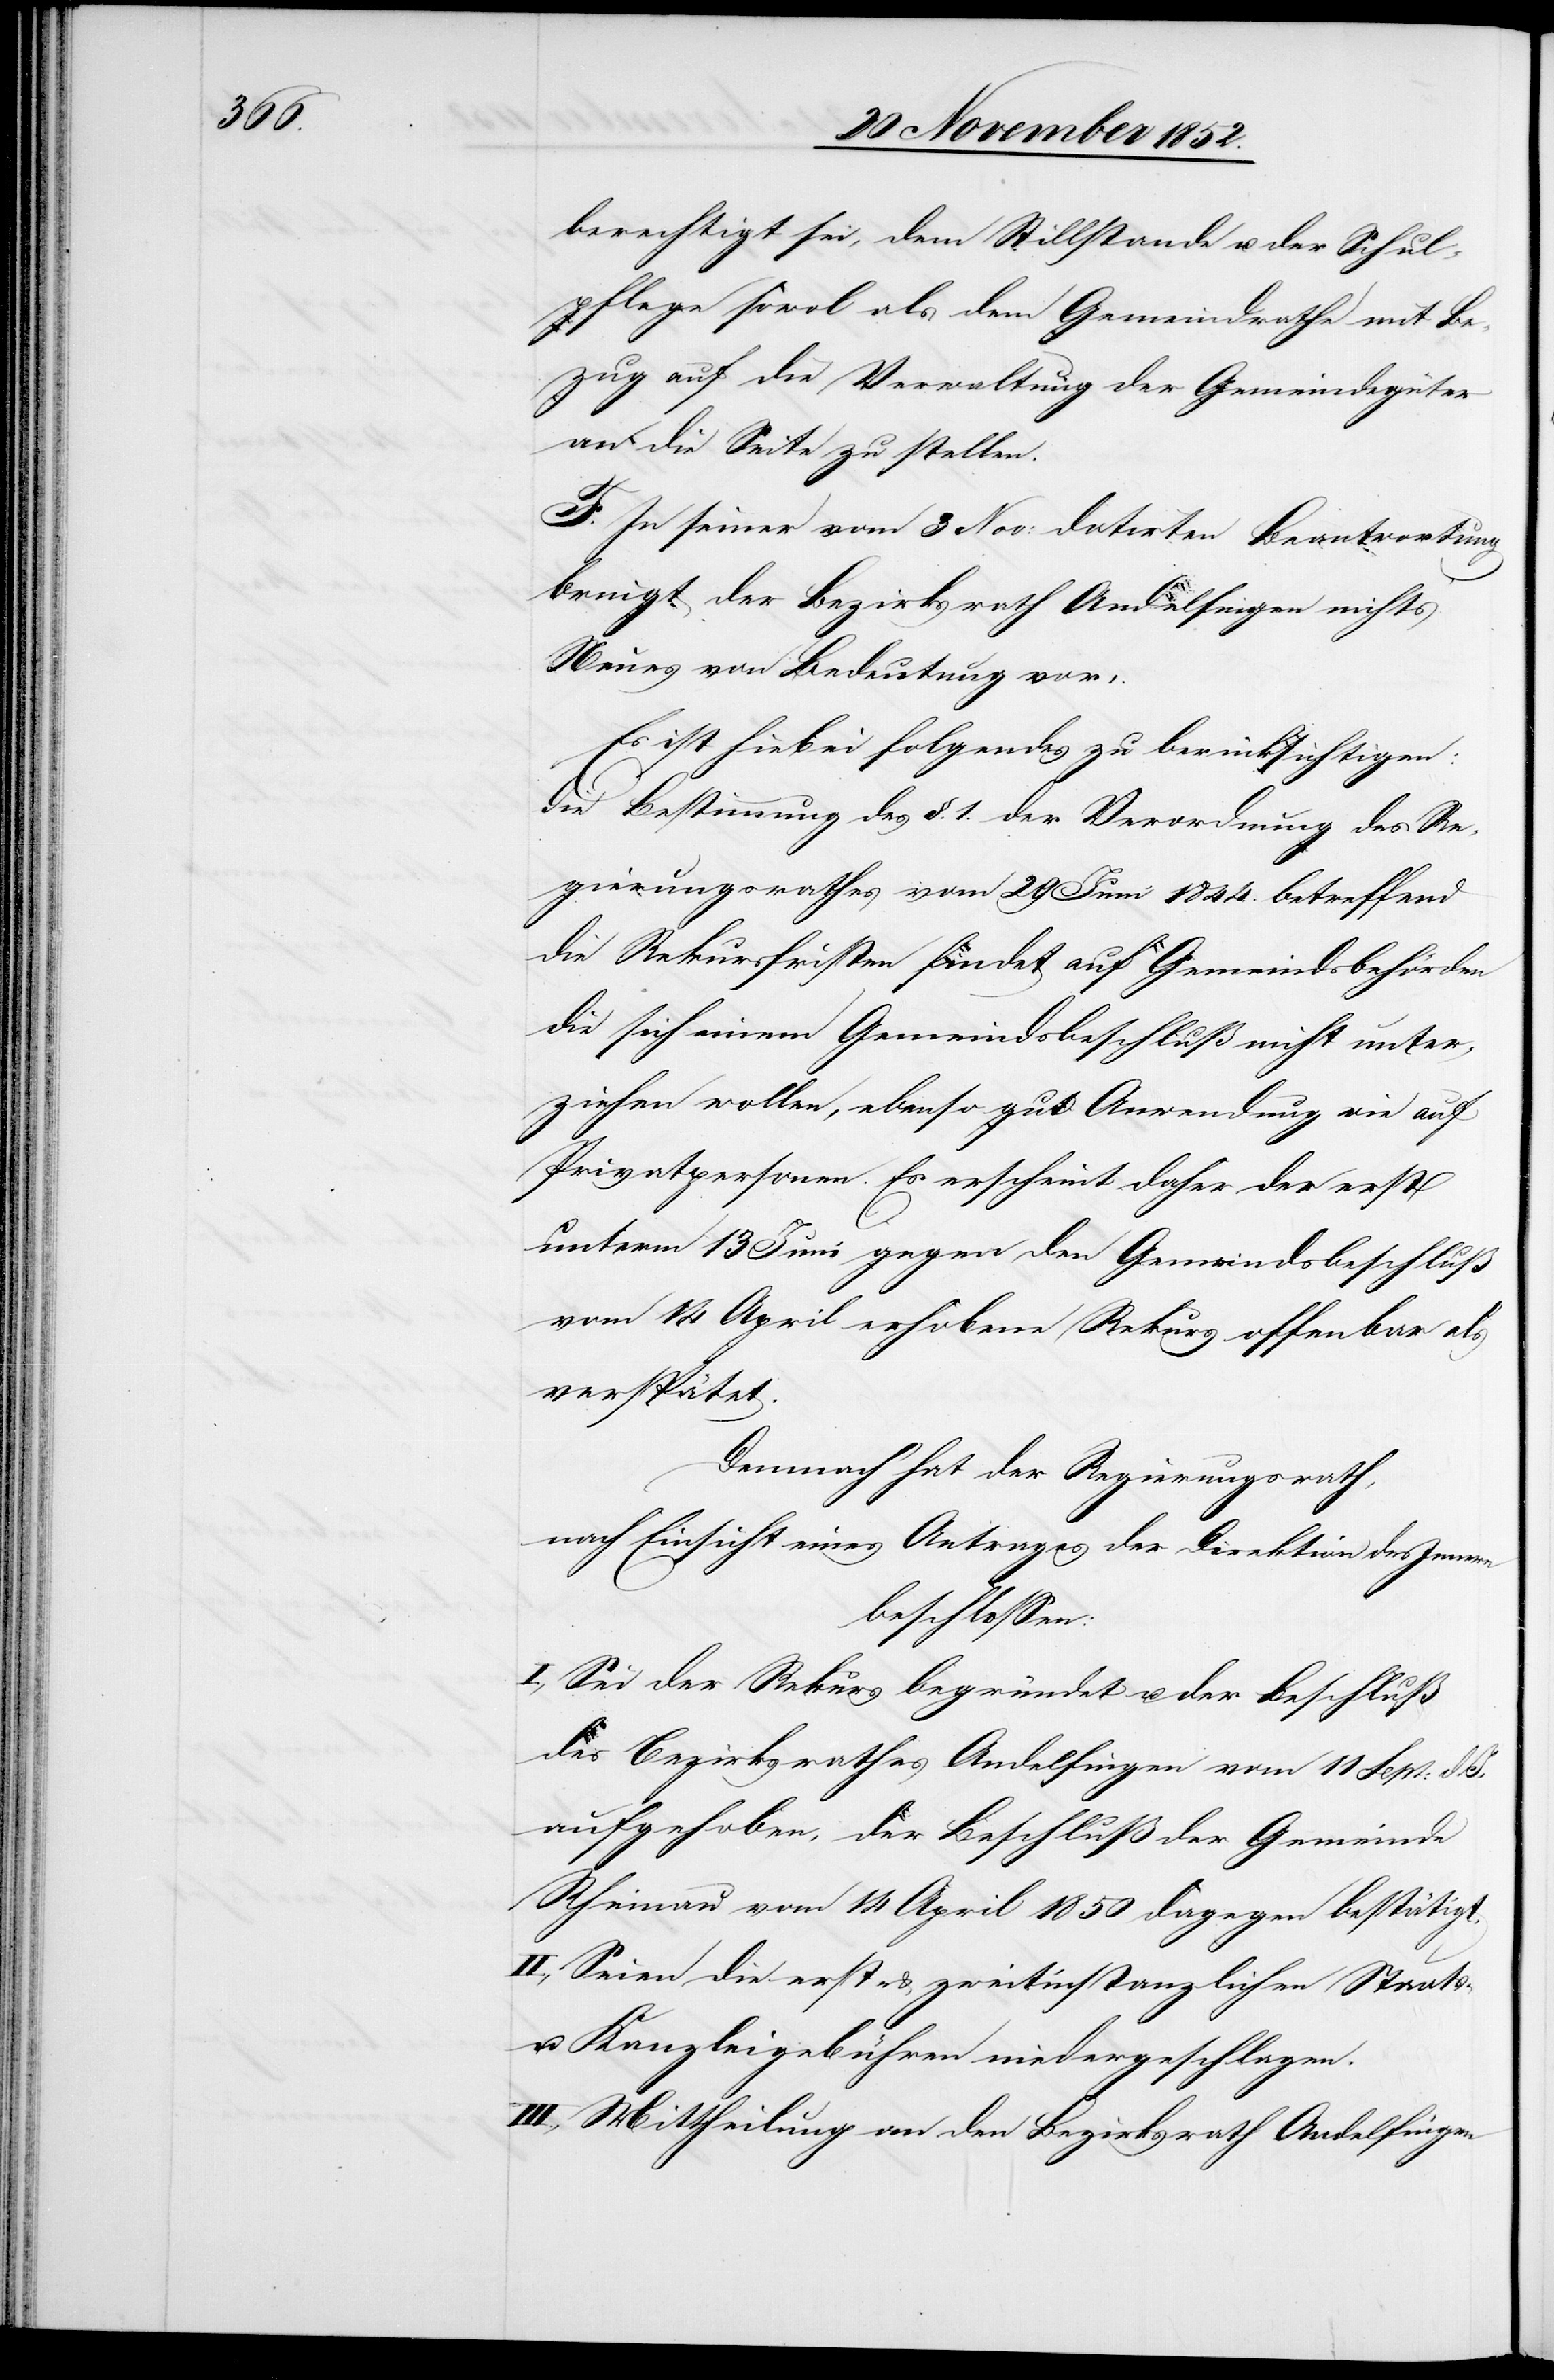
berechtigt sei, dem Stillstande u. der Schul¬
pflege sowol als dem Gemeindrathe mit Be¬
zug auf die Verwaltung der Gemeindegüter
an die Seite zu stellen.
F. In seiner vom 3 Nov: datirten Beantwortung
bringt der Bezirksrath Andelfingen nichts
Neues von Bedeutung vor.
Es ist hiebei folgendes zu berücksichtigen:
Die Bestimmung des §. 1. der Verordnung des Re¬
gierungsrathes vom 29 Juni 1844. betreffend
die Rekursfristen findet auf Gemeindsbehörden
die sich einem Gemeindsbeschluß nicht unter¬
ziehen wollen, ebenso gut Anwendung wie auf
Privatpersonen. Es erscheint daher der erst
unterm 13 Juni gegen den Gemeindsbeschluß
vom 14 April erhobene Rekurs offenbar als
verspätet.
Demnach hat der Regierungsrath,
nach Einsicht eines Antrages der Direktion des Innern
beschlossen:
I., Sei der Rekurs begründet u. der Beschluß
des Bezirksrathes Andelfingen vom 11 Sept: d.
aufgehoben, der Beschluß der Gemeinde
Rheinau vom 14 April 1850 dagegen bestätigt.
II., Seien die erst- & zweitinstanzlichen Staats-
u. Kanzleigebühren niedergeschlagen.
III., Mittheilung an den Bezirksrath Andelfingen